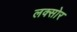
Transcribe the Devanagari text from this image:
लक्सोर